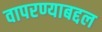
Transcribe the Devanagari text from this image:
वापरण्याबद्दल